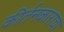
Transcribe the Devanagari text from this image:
कीर्तनकाराचा